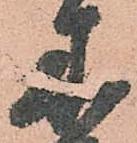
木